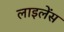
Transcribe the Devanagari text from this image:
लाइलेंस